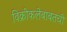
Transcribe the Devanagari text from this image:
विक्रीकलेबाबतची